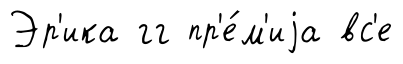
Эр'ика гг пр'е́м'иjа вс'е